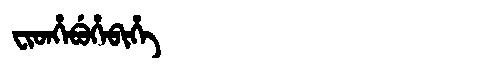
Manchu: ᠸᡳᡨᡥᡝᠪᡠᡥᡝᠪᡳᡥᡝ
Romanization: FITHEBUHEBIHE